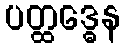
ပတ္ထဒ္ဓေန